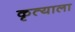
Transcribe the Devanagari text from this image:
कृत्याला